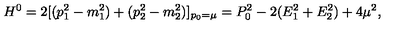
H ^ { 0 } = 2 [ ( p _ { 1 } ^ { 2 } - m _ { 1 } ^ { 2 } ) + ( p _ { 2 } ^ { 2 } - m _ { 2 } ^ { 2 } ) ] _ { p _ { 0 } = \mu } = P _ { 0 } ^ { 2 } - 2 ( E _ { 1 } ^ { 2 } + E _ { 2 } ^ { 2 } ) + 4 \mu ^ { 2 } ,